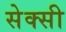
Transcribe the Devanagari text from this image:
सेक्‍सी